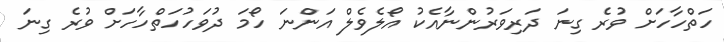
ހަތްހާހަށް ވުރެ ގިނަ ދަރިވަރުންނާއެކު އޯލެވެލް އަންނަ ހޯމަ ދުވަހުހަތްހާހަށް ވުރެ ގިނަ